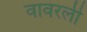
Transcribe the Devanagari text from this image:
वावरली